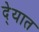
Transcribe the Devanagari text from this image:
दे्यात